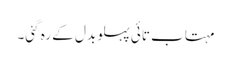
مہتاب تائی پہلو بدل کے رہ گئی۔